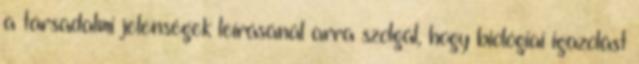
a társadalmi jelenségek leírásánál arra szolgál, hogy biológiai igazolást